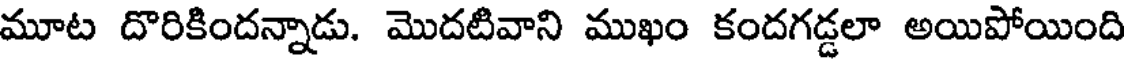
మూట దొరికిందన్నాడు. మొదటివాని ముఖం కందగడ్డలా అయిపోయింది